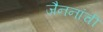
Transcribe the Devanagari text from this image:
जैननांची